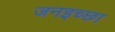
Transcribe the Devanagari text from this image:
जनइच्छा